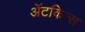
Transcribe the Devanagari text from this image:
अॅटकिन्स